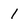
Character: 1